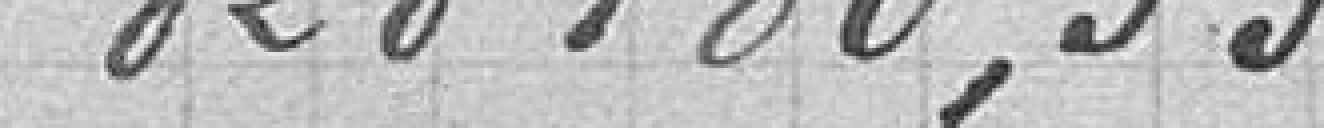
828 180,33